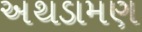
અથડામણ